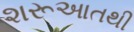
શરૂઆતથી